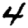
Digit: 4